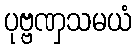
ပုဗ္ဗဏှသမယံ